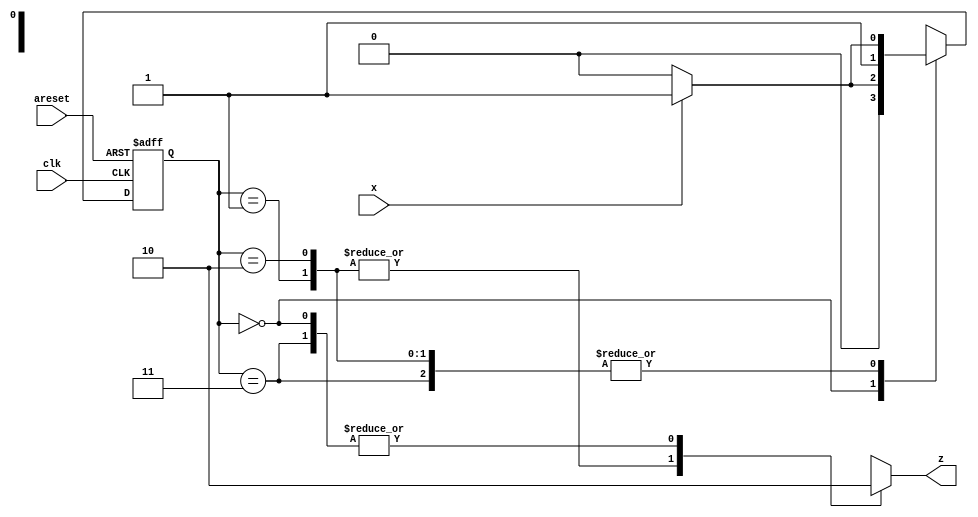
module top_module (
    input clk,
    input areset,
    input x,
    output z
); 
    parameter A=2'b00,B=2'b01,C=2'b10,D=2'b11;
    reg [1:0] state,next_state;
    
    always @(*)begin
        case(state)
            A:next_state=x?B:A;
            B:next_state=x?D:C;
            C:next_state=x?D:C;
            D:next_state=x?D:C;
            default: next_state=A;
        endcase
    end
    
    always @(*)begin
        case(state)
            A : z=1'b0;
            B : z=1'b1;
            C : z=1'b1;
            D : z=1'b0;
            default: z=1'b0;
        endcase
    end
    
    always @(posedge clk or posedge areset) begin
        if(areset) state<=A;
        else       state<=next_state;
    end

endmodule